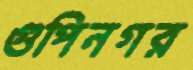
গুপিনগর